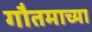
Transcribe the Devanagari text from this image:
गौतमाच्या